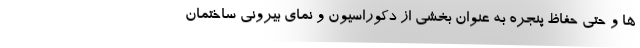
ها و حتی حفاظ پنجره به عنوان بخشی از دکوراسیون و نمای بیرونی ساختمان